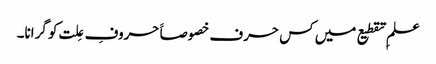
علمِ تقطیع میں کس حرف خصوصاََ حروفِ عِلت کو گرانا۔